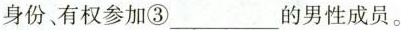
身份、有权参加③___的男性成员。